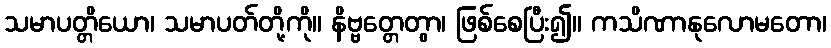
သမာပတ္တိယော၊ သမာပတ်တို့ကို။ နိဗ္ဗတ္တေတွာ၊ ဖြစ်စေပြီး၍။ ကသိဏာနုလောမတော၊